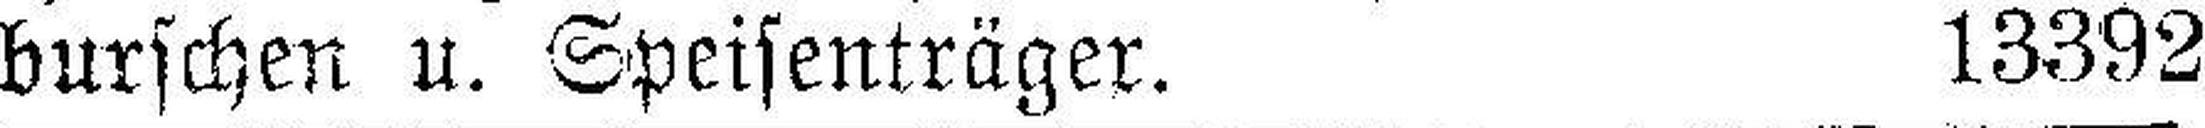
burschen u. Speisenträger. 13392